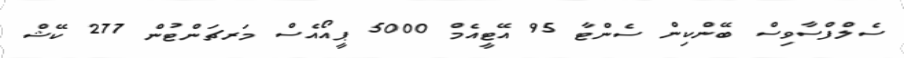
ސެލްފްސާވިސް ބޭންކިން ސެންޓާ 95 އޭޓީއެމް 5000 ޕީއޯއެސް މަރޗަންޓުން 277 ކޭޝް